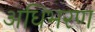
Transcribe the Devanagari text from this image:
अधिभरण